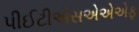
પીઈટીએસએએએફ